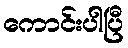
ကောင်းပါပြီ